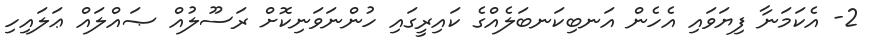
2- އެކަމަނާ ފިޔަވައި އެހެން އަނބިކަނބަލެއްގެ ކައިރީގައި ހުންނަވަނިކޮށް ރަސޫލުއް ޞައްލައް ޢަލައިހި